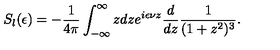
S _ { l } ( \epsilon ) = - { \frac { 1 } { 4 \pi } } \int _ { - \infty } ^ { \infty } z d z e ^ { i \epsilon \nu z } { \frac { d } { d z } } { \frac { 1 } { ( 1 + z ^ { 2 } ) ^ { 3 } } } .